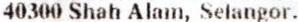
40300 SHAH ALAM, SELANGOR.